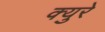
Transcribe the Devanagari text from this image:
क्युरे